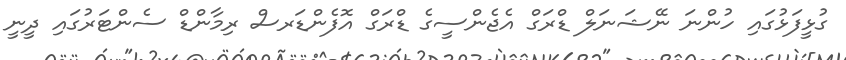
ގުޅީފަޅުގައި ހުންނަ ނޭޝަނަލް ޑްރަގް އެޖެންސީގެ ޑްރަގް އޮފެންޑަރސް ރިމާންޑް ސެންޓަރުގައި ދީނީ